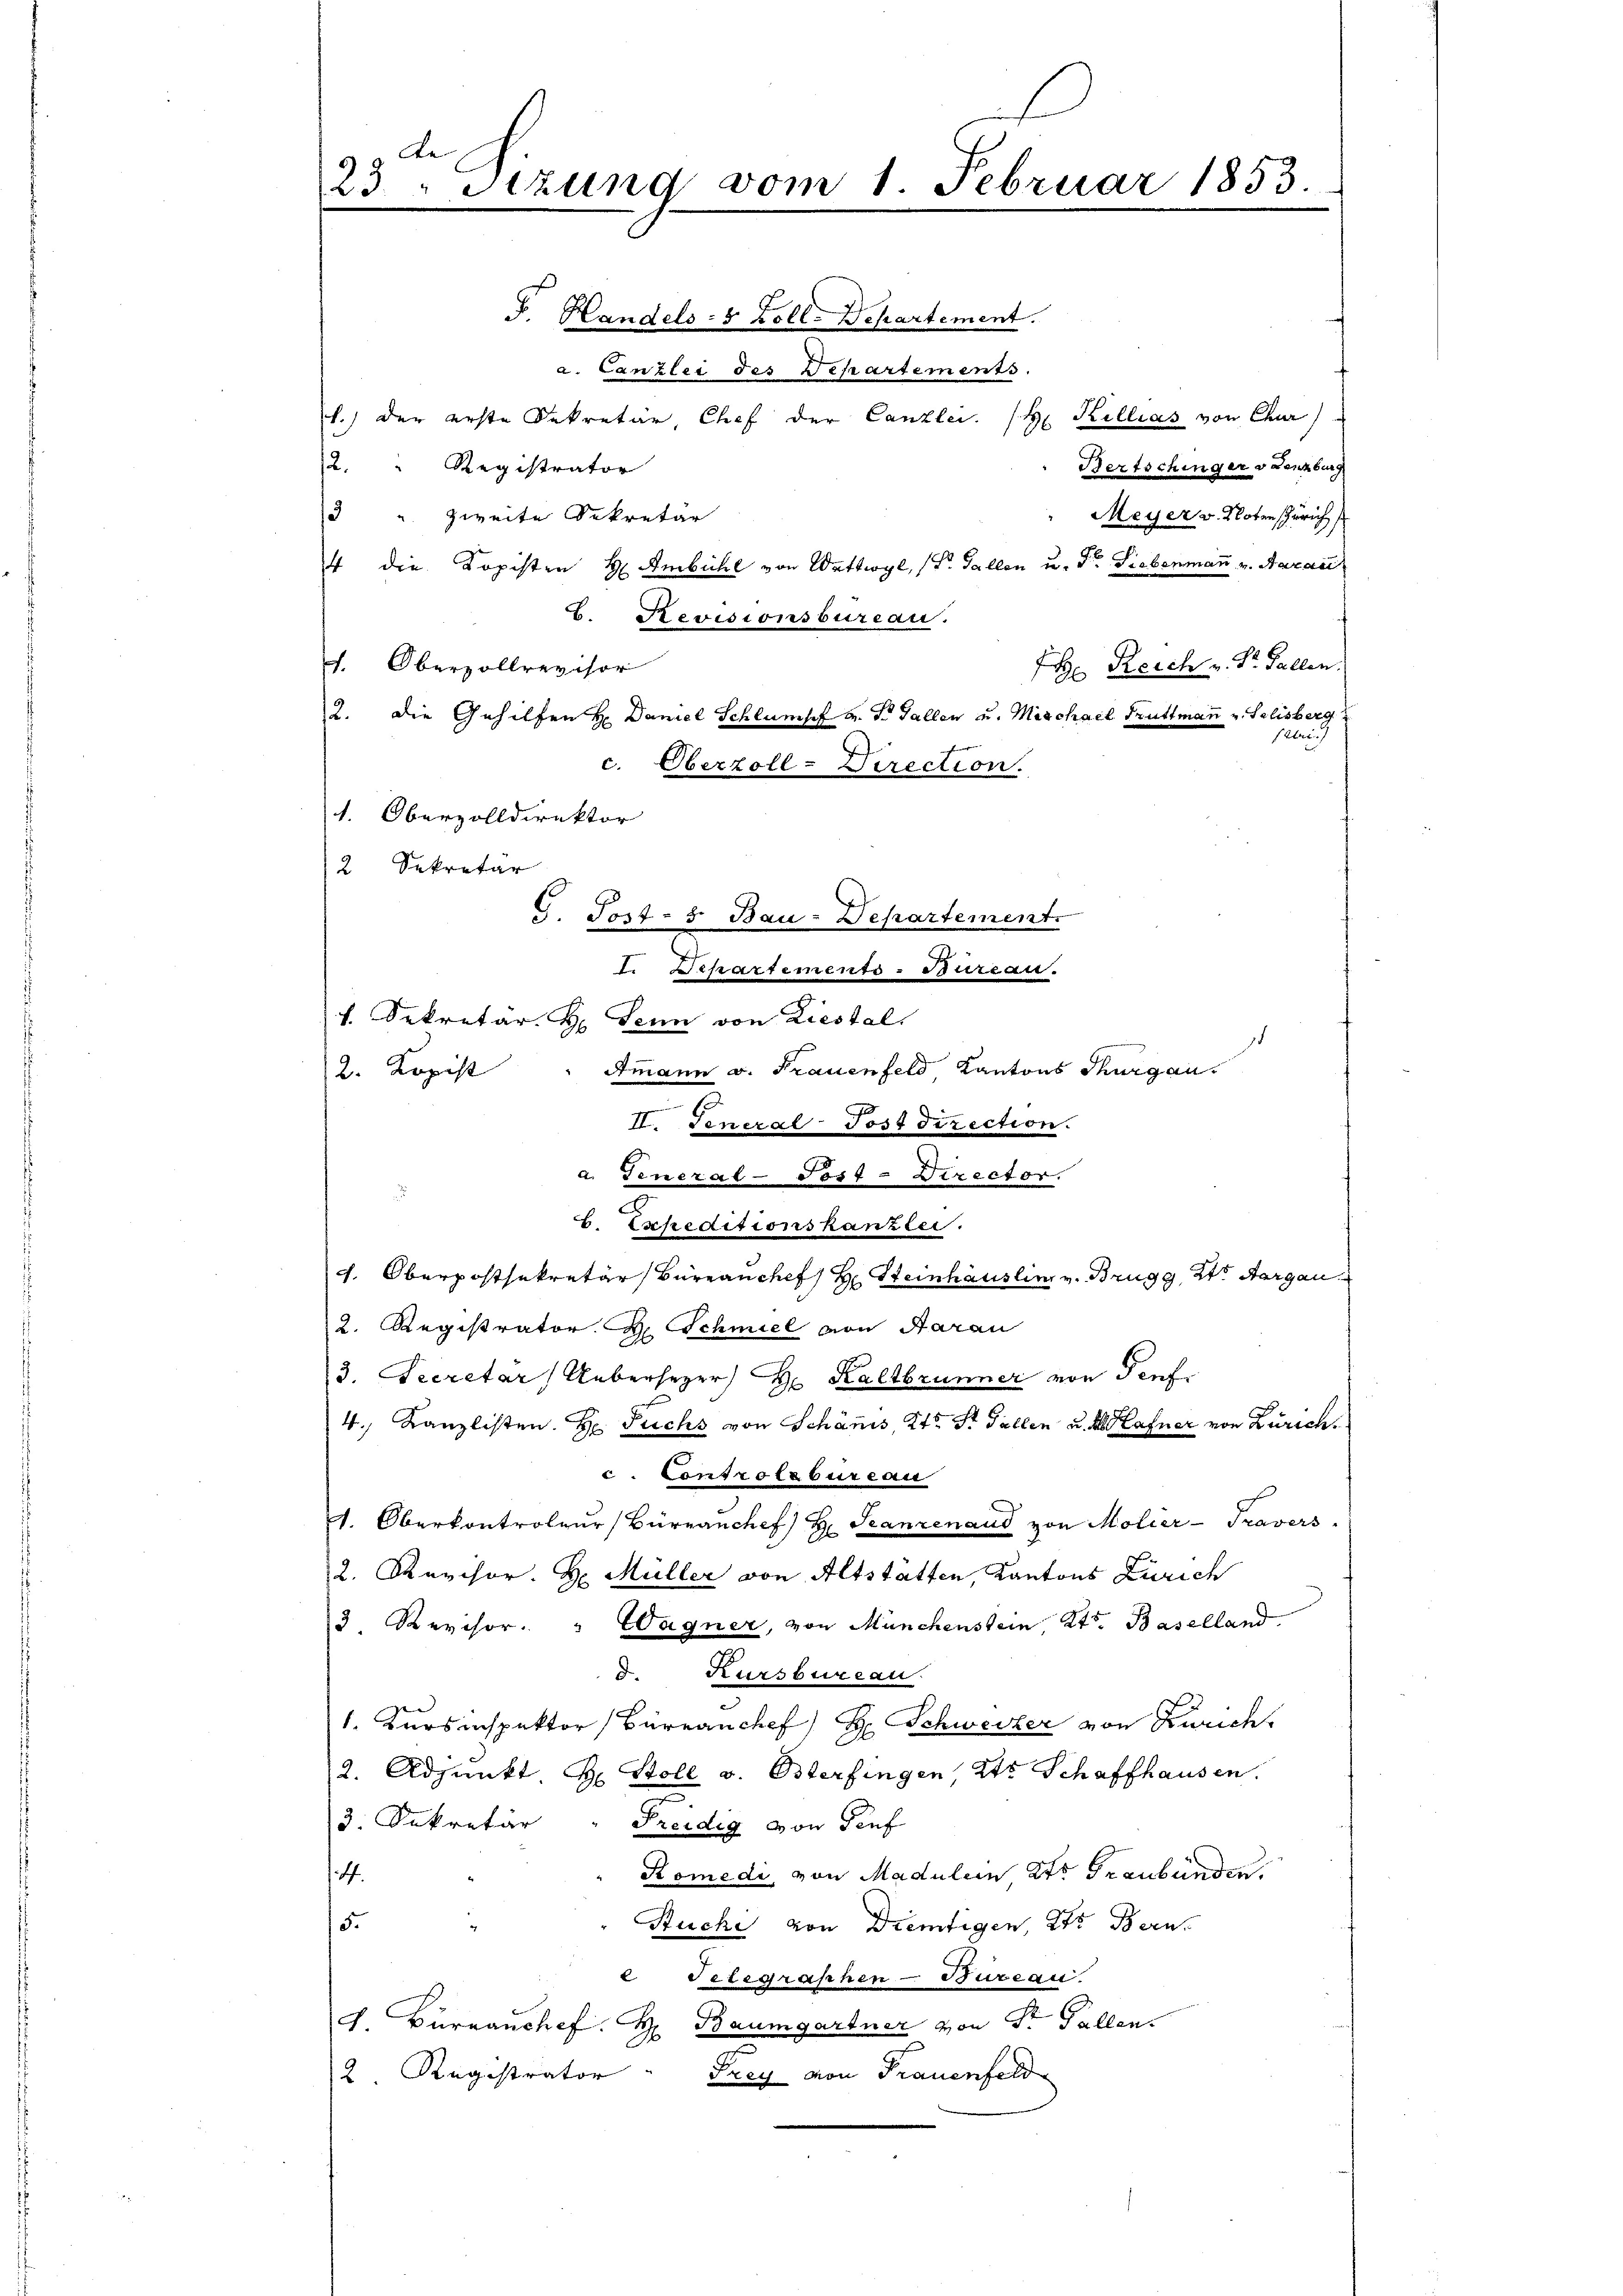
23 "Stzung vom 1. Februar 1853.

F. Handels- & Zoll-Departement.
a. Canzlei des Departements.
1.) Der erste Sekretär, Chef der Canzlei. (H. Killias von Chur
12. " Registrator
Bertschinger v. Lenzburg
3 " zweite Sekretär
Meyer v. Noten Zürich
4 die Kopisten H. Ambühl von Wattwyl, (T. Gallen u. Dr. Siebenmann v. Nazari
E. Revisionsbureau.
1. Oberzollrevisor
 Reich v. St. Gallen.
2. die Gehilfen H. Daniel Schlumpf v. J. Gallen u. Michael Truttmann u. Felisberg
fabri
c. Oberzoll-Direction.
1. Oberzolldirektor
2 Sekretär
G. Jost - 5. Bau-Departement.
I. Departements-Bureau.
f. Dekretär H. Senn von Liestal
s
Ammann v. Frauenfeld, Kantons Thurgan
2. Kopist
II. General-Postdirection.
a. General-Post - Director.
l. Expeditionskanzlei.
h. Oberpostsekretär Büreauches H. Steinhäuslin v. Brugg, 24t Aargau
2. Registrator H. Schmiel von Aarau
3. Secretar Uebersezer) Hr. Kaltbrunner von Teuf
4. Kanzlisten H. Fuchs von Schanis Kts. St. Gallen u. MHafner von Zürich.
c. Controlbureau
. Oberkontroleur Büreanchef) H. Stanzenaud von Molier-Travers.
2. Revisor. H. Müller von Altstatten, Kantons Zürich
3. Revisor. " Wagner, von Münchenstein, Kts. Baselland.
. Kursbureau.
1. Kursinspektor Büreanchef) H. Schweizer von Zürich
2. Adjunkt H. Stoll v. Osterfingen, 2te Schaffhausen.
3. Sekretär
Freidig von Teuf
Komedi, von Madulein 2tr Graubünden.
4.
15.
Stücke von Dreitigen, 2. Bern.
e Telegraphen-Bureau.
v. Büreaushof
Baumgartner von Sr. Fallen
Frey von Frauenfeld
2. Registrator